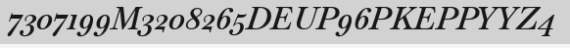
7307199M3208265DEUP96PKEPPYYZ4